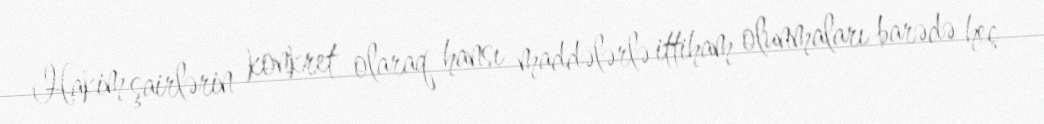
Hakim şairlərin konkret olaraq hansı maddələrlə ittiham olunmaları barədə heç